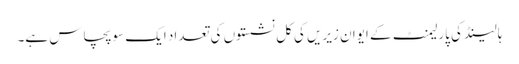
ہالینڈ کی پارلیمنٹ کے ایوانِ زیریں کی کل نشستوں کی تعداد ایک سو پچاس ہے۔